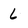
Character: l